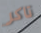
تاكر